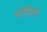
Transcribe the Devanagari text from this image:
मोपिला